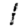
Digit: 1